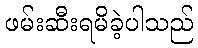
ဖမ်းဆီးရမိခဲ့ပါသည်